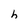
Character: h